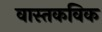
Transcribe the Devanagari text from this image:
वास्तकविक